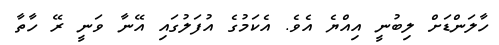
ހާލަންޑަށް ލިބުނީ އިއްޔެ އެވެ. އެކަމުގެ އުފަލުގައި އޭނާ ވަނީ ރޭ ހާތާ